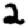
Digit: 2